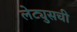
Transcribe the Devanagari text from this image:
लेट्युसची